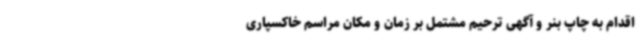
اقدام به چاپ بنر و آگهی ترحیم مشتمل بر زمان و مکان مراسم خاکسپاری